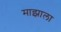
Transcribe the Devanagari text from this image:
माझाला